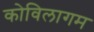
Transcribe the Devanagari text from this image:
कोविलागम